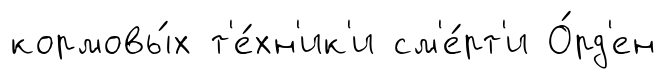
кормовы́х т'е́хн'ик'и см'е́рт'и О́рд'ен